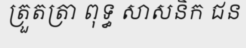
ត្រួតត្រា ពុទ្ធ សាសនិក ជន